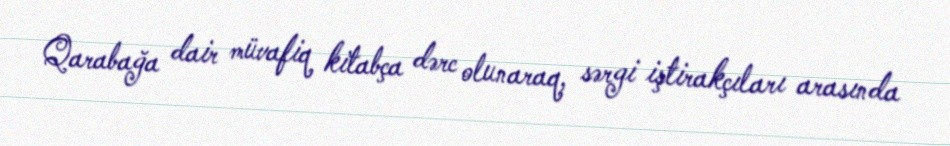
Qarabağa dair müvafiq kitabça dərc olunaraq, sərgi iştirakçıları arasında